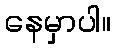
နေမှာပါ။